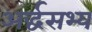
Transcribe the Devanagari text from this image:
अर्द्धसभ्य